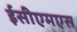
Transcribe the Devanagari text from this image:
ईसीएमएस